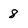
Character: 8